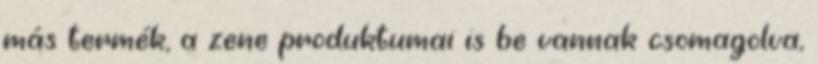
más termék, a zene produktumai is be vannak csomagolva,